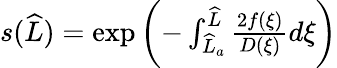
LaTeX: \begin{array}{r}{s(\widehat{L})=\exp\left(-\int_{\widehat{L}_{a}}^{\widehat{L}}\frac{2f(\xi)}{D(\xi)}d\xi\right)}\end{array}